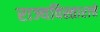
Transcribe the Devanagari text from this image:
राज्यविस्ताराचे